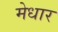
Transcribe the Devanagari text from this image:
मेधार